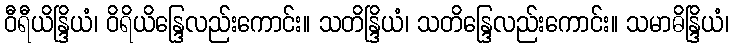
ဝီရီယိန္ဒြိယံ၊ ဝိရိယိန္ဒြေလည်းကောင်း။ သတိန္ဒြိယံ၊ သတိန္ဒြေလည်းကောင်း။ သမာဓိန္ဒြိယံ၊